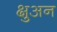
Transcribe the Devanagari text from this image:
क्षुअन